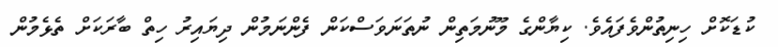
ކުޑަކޮށް ހިނިތުންވެފައެވެ. ކިޔާންގެ މޫނުމަތިން ނުތަނަވަސްކަން ފެންނަމުން ދިޔައިރު ހިތް ބާރަކަށް ތެޅެމުން